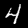
Label: 4